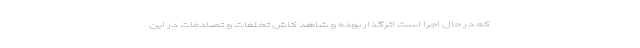
که در حال اجرا است اثرگذار بوده و شاهد کاش تخلفات و تصادفات در این